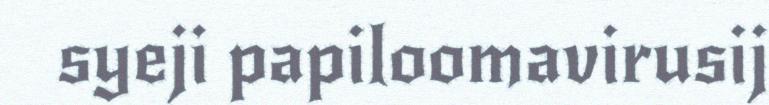
syeji papiloomavirusij